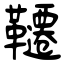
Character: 韆